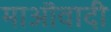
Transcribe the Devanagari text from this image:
माऒवादी